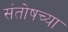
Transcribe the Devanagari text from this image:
संतोषच्या